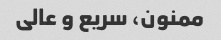
ممنون، سریع و عالی